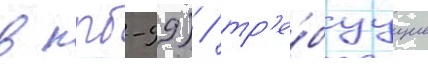
в нрб-99) / тр'е́буущие